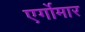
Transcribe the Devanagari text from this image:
एर्गोमार